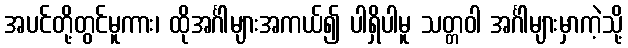
အပင်တို့တွင်မူကား၊ ထိုအင်္ဂါများအကယ်၍ ပါရှိပါမူ သတ္တဝါ အင်္ဂါများမှာကဲ့သို့